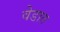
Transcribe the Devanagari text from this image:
वेडात